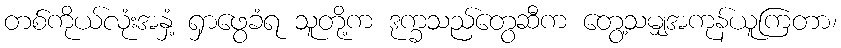
တစ်ကိုယ်လုံးအနှံ့ ရှာဖွေခံရ သူတို့က ဒုက္ခသည်တွေဆီက တွေ့သမျှအကုန်ယူကြတာ၊